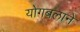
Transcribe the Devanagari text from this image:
योगबलाने